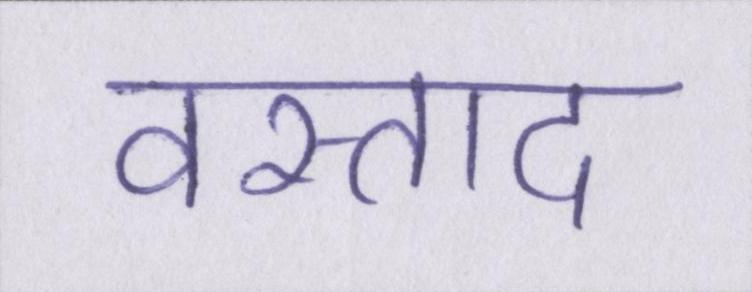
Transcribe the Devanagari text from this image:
वस्ताद